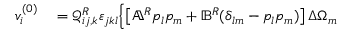
\begin{array} { r l } { v _ { i } ^ { ( 0 ) } } & { { } = \mathcal { Q } _ { i j , k } ^ { R } \varepsilon _ { j k l } \Bigl \{ \left[ \mathbb { A } ^ { R } p _ { l } p _ { m } + \mathbb { B } ^ { R } ( \delta _ { l m } - p _ { l } p _ { m } ) \right] \Delta \Omega _ { m } } \end{array}